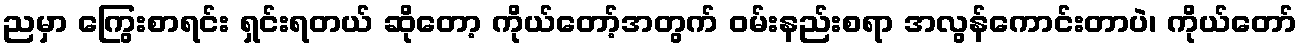
ညမှာ ကြွေးစာရင်း ရှင်းရတယ် ဆိုတော့ ကိုယ်တော့်အတွက် ဝမ်းနည်းစရာ အလွန်ကောင်းတာပဲ၊ ကိုယ်တော်